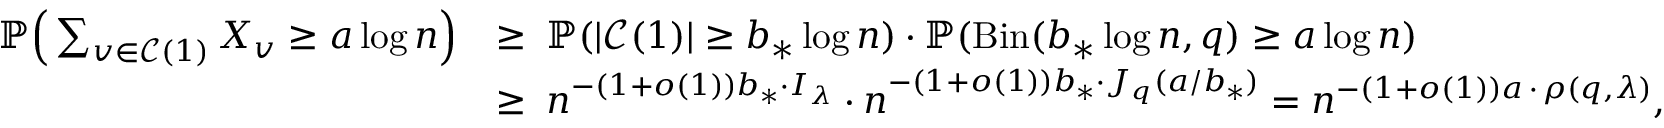
\begin{array} { r l } { \mathbb P \Big ( \sum _ { v \in \mathcal { C } ( 1 ) } X _ { v } \ge a \log n \Big ) } & { \ge \; \mathbb P ( | \mathcal { C } ( 1 ) | \ge b _ { * } \log n ) \cdot \mathbb P ( \mathrm { B i n } ( b _ { * } \log n , q ) \ge a \log n ) } \\ & { \ge \; n ^ { - ( 1 + o ( 1 ) ) b _ { * } \cdot I _ { \lambda } } \cdot n ^ { - ( 1 + o ( 1 ) ) b _ { * } \cdot J _ { q } ( a / b _ { * } ) } = n ^ { - ( 1 + o ( 1 ) ) a \, \cdot \, \rho ( q , \lambda ) } , } \end{array}